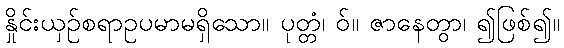
နှိုင်းယှဉ်စရာဥပမာမရှိသော။ ပုတ္တံ၊ ဝ်။ ဇာနေတွာ၊ ၍ဖြစ်၍။